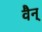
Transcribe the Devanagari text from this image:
वैन्